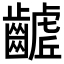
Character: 𮯓